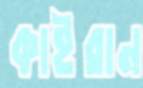
কাইরান